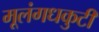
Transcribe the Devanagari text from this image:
मूलंगधकुटी